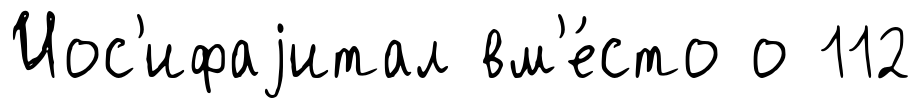
Иос'ифаjитал вм'е́сто о 112